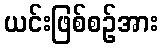
ယင်းဖြစ်စဉ်အား